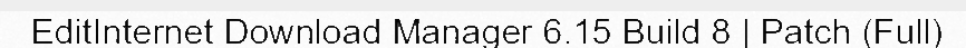
EditInternet Download Manager 6.15 Build 8 | Patch (Full)